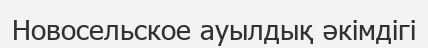
Новосельское ауылдық әкімдігі